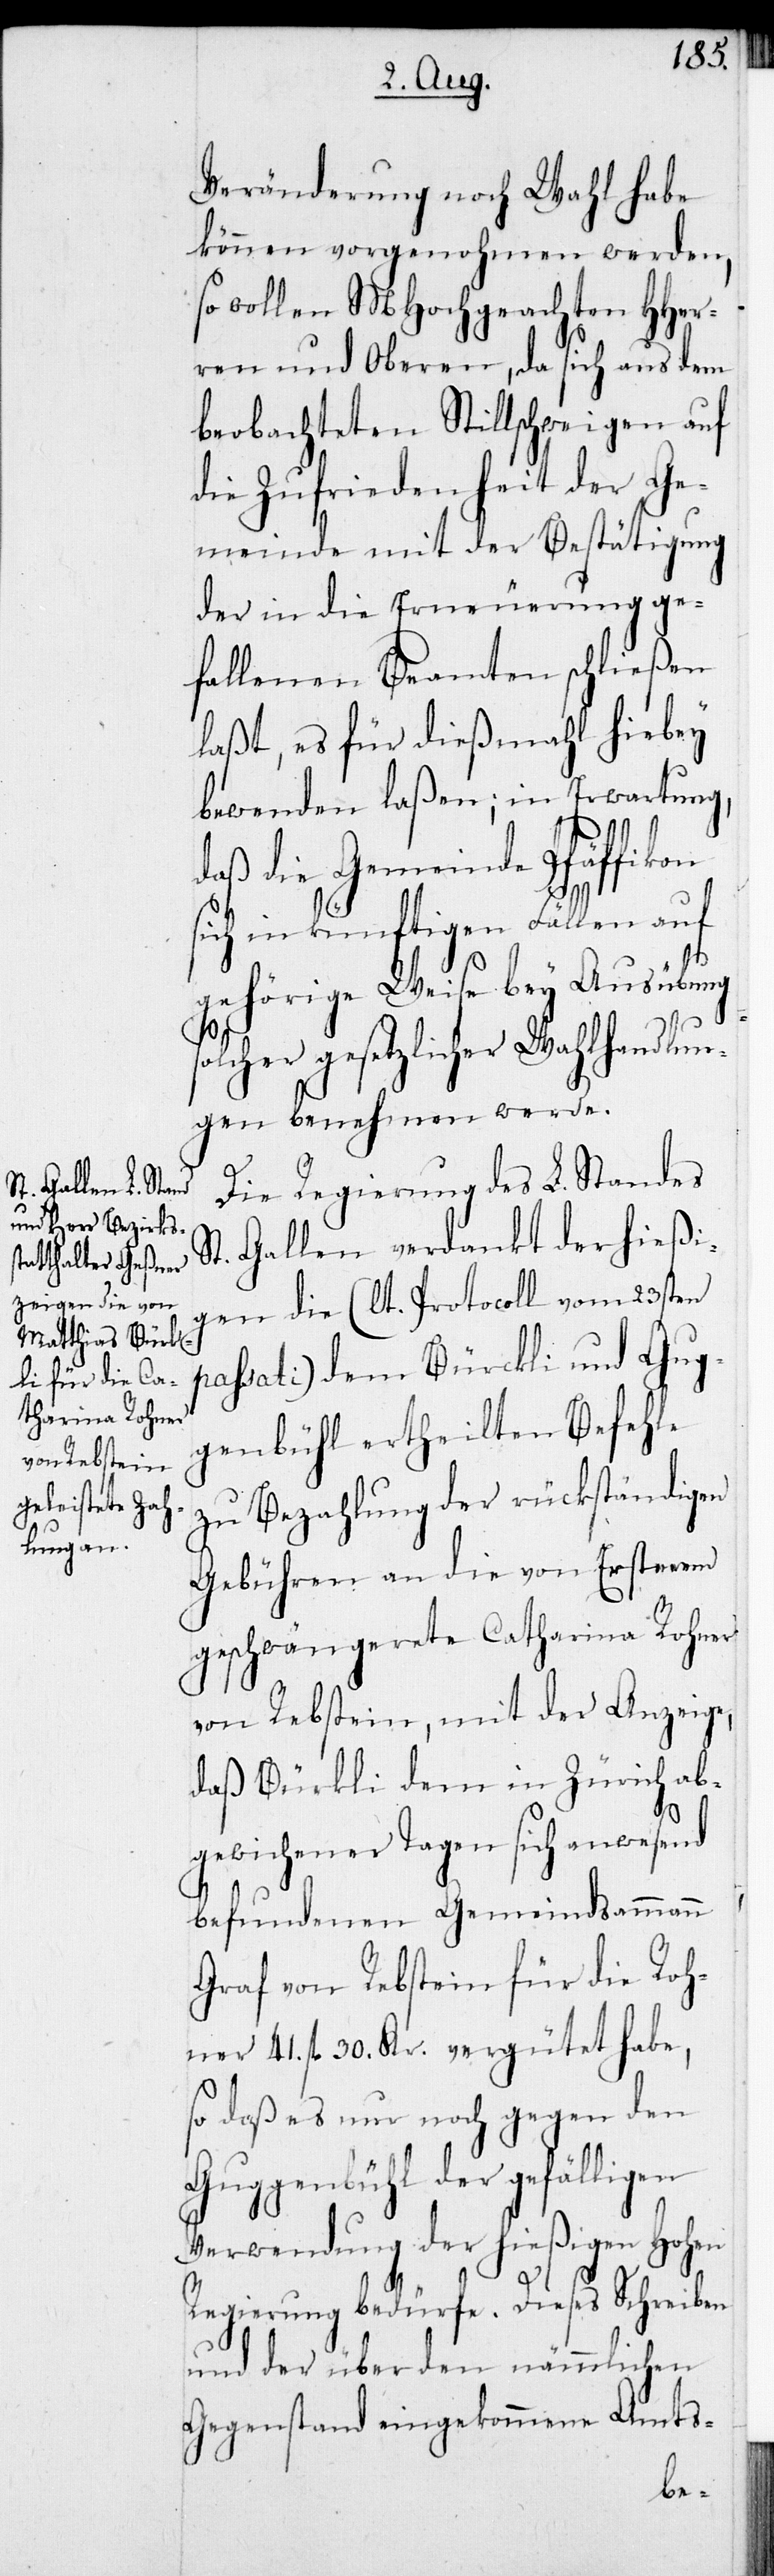
und Gug¬

Veränderung noch Wahl habe
können vorgenohmen werden,
so wollen MHochgeachten HHer¬
ren und Oberen, da sich aus dem
beobachteten Stillschweigen auf
die Zufriedenheit der Ge¬
meinde mit der Bestätigung
der in die Erneuerung ge¬
fallenen Beamten schließen
laßt, es für dießmahl hiebey
bewenden laßen; in Erwartung,
daß die Gemeinde Pfäffikon
sich in künftigen Fällen auf
s¬
gehörige Weise bey Ausübung
olcher gesetzlicher Wahlhandlun¬
gen benehmen werde.
Die Regierung des L. Standes
St. Gallen verdankt der hießi¬
gen die (lt. Protocoll vom 23sten
passati) dem Bürckli [sic!]
genbühl ertheilten Befehle
zu Bezahlung der rückständigen
Gebühren an die von Ersterem
geschwängerete Catharina Rohner
von Rebstein, mit der Anzeige,
daß Bürkli dem in Zürich ab¬
gewichener Tagen sich anwesend
befundenen Gemeindsammann
Graf von Rebstein für die Roh¬
ner 41. fl. 30. Kr. vergütet habe,
so daß es nur noch gegen den
Guggenbühl der gefälligen
Verwendung der hießigen Hohen
Regierung bedürfe. Dieses Schreiben
und der über den nämmlichen
Gegenstand eingekommene Amts-